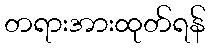
တရားအားထုတ်ရန်